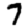
Digit: 7